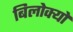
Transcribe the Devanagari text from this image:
बिलोक्‍यों